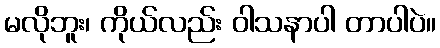
မလိုဘူး၊ ကိုယ်လည်း ဝါသနာပါ တာပါပဲ။